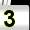
Digit: 3